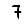
Digit: 7